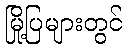
မြို့ပြများတွင်